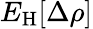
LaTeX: E_{\mathrm{H}}[\Delta\rho]